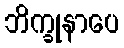
ဘိက္ခုနာပေ